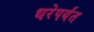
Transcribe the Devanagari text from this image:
धरेपर्यंत